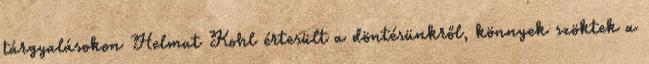
tárgyalásokon Helmut Kohl értesült a döntésünkről, könnyek szöktek a